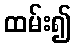
ထမ်း၍